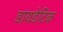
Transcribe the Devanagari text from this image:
डायडेटिक